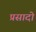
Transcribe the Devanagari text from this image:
प्रसादो